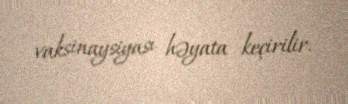
vaksinaysiyası həyata keçirilir.